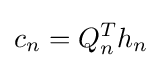
c_{n}=Q_{n}^{T}h_{n}